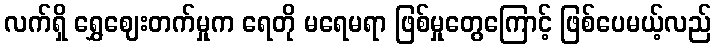
လက်ရှိ ရွှေဈေးတက်မှုက ရေတို မရေမရာ ဖြစ်မှုတွေကြောင့် ဖြစ်ပေမယ့်လည်